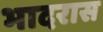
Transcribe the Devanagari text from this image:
भादरास